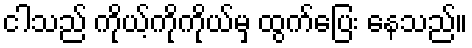
ငါသည် ကိုယ့်ကိုကိုယ်မှ ထွက်ပြေး နေသည်။